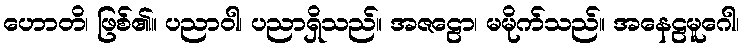
ဟောတိ၊ ဖြစ်၏။ ပညာဝါ၊ ပညာရှိသည်။ အဇဠော၊ မမိုက်သည်။ အနေဠမူဂေါ၊